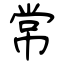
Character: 常